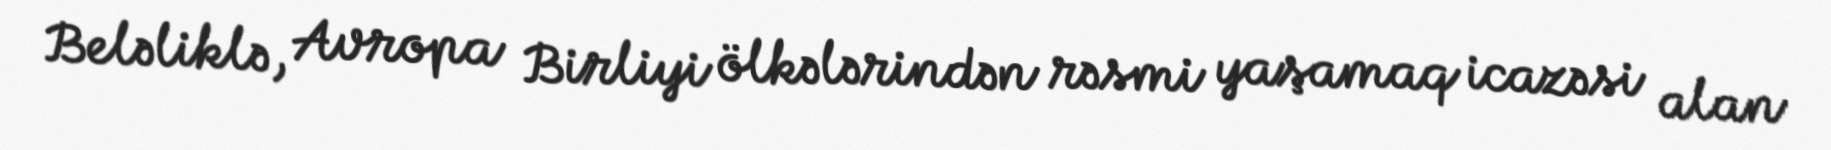
Beləliklə, Avropa Birliyi ölkələrindən rəsmi yaşamaq icazəsi alan